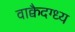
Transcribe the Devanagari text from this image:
वाक्वैदग्ध्य